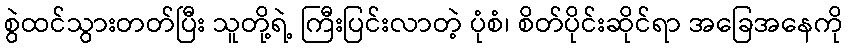
စွဲထင်သွားတတ်ပြီး သူတို့ရဲ့ ကြီးပြင်းလာတဲ့ ပုံစံ၊ စိတ်ပိုင်းဆိုင်ရာ အခြေအနေကို